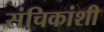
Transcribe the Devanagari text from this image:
संचिकांशी